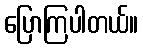
ပြောကြပါတယ်။